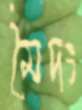
মৈদং